Lunatic asylums United Provinces 1909-1921 - 1909-1921
Year: 1909
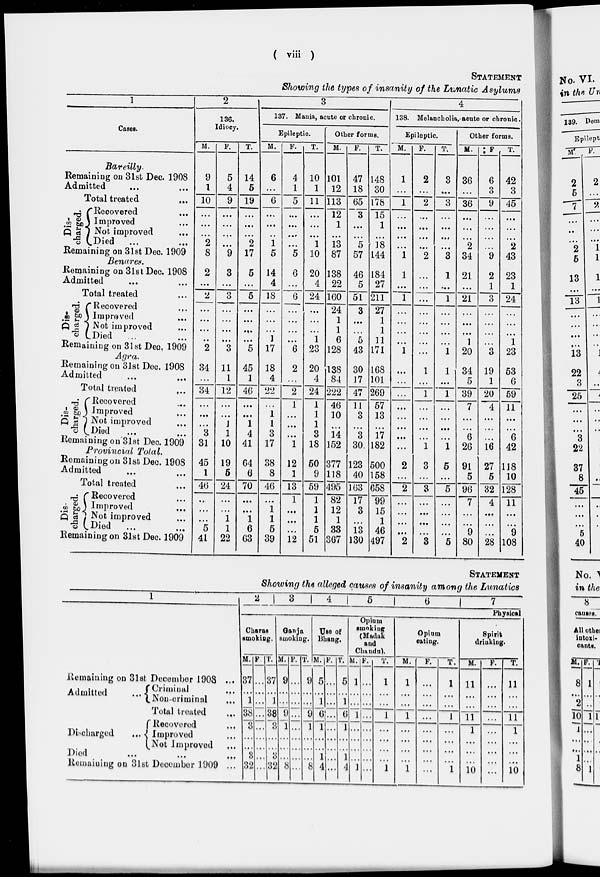
( viii )
STATEMENT
Showing the types of insanity of the Lunatic Asylums
1
Cases.
Bareilly.
Remaining on 31st Dec. 1908
Admitted... ...
Total treated ...
Dis-
charged.
Recovered...
Improved...
Not improved...
Died ... ...
Remaining on 31st Dec. 1909
Benares.
Remaining on 3lst Dec. 1908
Admitted ... ...
Total treated ...
Dis-
charged.
Recovered
...
Improved...
Not improved
Died
Remaining on 31st Dec. 1909
Agra.
Remaining on 31st Dec. 1908
Admitted
Total treated...
Dis-
charged.
Recovered ...
Improved...
Not improved...
Died...
Remaining on 31st Dec. 1909
Provincial Total.
Remaining on 3lst Dec. 1908
Admitted... ...
Total treated...
Dis-
charged.
Recovered...
Improved...
Not improved ...
Died
Remaining on 31st Dec. 1909
2
136.
Idiocy.
M.
F.
T.
3
137. Mania, acute or chronic.
Epileptic.
M.
F.
T.
Other forms.
M.
F.
T.
4
138. Melancholia, acute or chronic.
Epileptic.
M.
F.
T.
Other forms.
M. F . T.
9
1
10
...
...
...
2
8
2
...
2
...
...
...
..
2
5
4
9
...
...
...
...
9
3
...
3
...
...
...
...
3
14
5
19
...
...
...
2
17
5
...
5
...
...
...
...
5
6
...
6
...
...
...
1
5
14
4
18
...
...
...
1
17
4
1
5
...
...
...
...
5
6
...
6
...
...
...
...
6
10
1
11
...
...
...
1
10
20
4
24
...
...
...
1
23
101
12
113
12
1
...
13
87
138
22
160
24
1
1
6
128
47
18
65
3
...
...
5
57
46
5
61
3
...
...
5
43
148
30
178
15
1
...
18
144
184
27
211
27
1
1
11
171
1
...
1
...
...
...
...
1
1
...
1
...
...
...
...
1
2
...
2
...
...
...
...
2
...
...
...
...
...
...
...
...
3
...
3
...
...
...
...
3
1
...
1
...
...
...
...
1
36
...
36
...
...
...
2
34
21
...
21
...
...
...
1
20
6
3
9
...
...
...
...
9
2
1
3
...
...
...
...
3
42
3
45
...
...
2
43
23
1
24
...
...
...
1
23
34
...
34
...
...
...
3
31
11
1
12
...
...
...
1
10
45
1
46
...
...
1
4
41
18
4
22
...
1
1
3
17
2
...
2
1
...
...
...
1
20
4
24
1
1
1
3
18
138
84
222
46
10
...
14
152
30
17
47
11
3
...
3
30
168
101
269
57
13
...
17
182
...
...
...
...
...
...
...
...
1
...
1
...
...
...
1
1
...
1
...
...
...
...
1
34
5
39
7
...
...
6
26
19
1
20
4
...
...
...
16
53
6
59
11
...
...
6
42
45
1
46
...
...
...
5
41
19
5
24
...
...
1
1
22
64
6
70
...
...
1
6
63
38
8
46
...
1
1
5
39
12
1
13
1
...
...
...
12
50
9
59
1
1
1
5
51
377
118
495
82
12
1
33
367
123
40
163
17
3
...
13
130
500
158
658
99
15
1
46
497
2
...
2
...
...
...
...
2
3
...
3
...
...
...
...
3
5
...
5
...
...
...
5
91
5
96
7
...
...
9
80
27
5
32
4
...
...
...
28
118
10
128
11
...
...
9
108
STATEMENT
Showing the alleged causes of insanity among the Lunatics
1
Remaining on 31st December 1908 ...
Admitted ...
Criminal ...
Non-criminal ...
Total treated Total treated ...
Discharged ...
Recovered...
Improved ...
Not Improved ...
Died
...
...
...
Remaining on 31st December 1909 ...
2
3
4
5
6
7
Physical
Charas
smoking.
M.
37
...
1
38
3
...
...
3
32
F.
...
...
...
...
...
...
...
...
...
T.
37
...
1
38
3
...
...
3
32
Ganja
smoking.
M.
9
...
...
9
1
...
...
...
8
F.
...
...
...
...
...
...
...
...
...
T.
9
...
...
9
1
...
...
...
8
Use of
Bhang.
M.
5
...
1
6
1
...
...
1
4
F.
...
...
...
...
...
...
...
...
...
T.
5
...
1
6
1
...
...
1
4
Opium
smoking
(Madak
and
Chandu).
M.
1
...
...
1
...
...
...
...
1
F.
...
...
...
...
...
...
...
...
...
T.
1
...
1
...
...
...
...
1
Opium
eating.
M.
1
...
...
1
...
...
...
...
1
F.
...
...
...
...
...
...
...
...
...
T.
1
...
...
1
...
...
...
...
1
Spirit
drinking.
M.
11
...
...
11
1
...
...
...
10
F.
...
...
...
...
...
...
...
...
...
T.
11
...
...
11
1
...
...
...
10